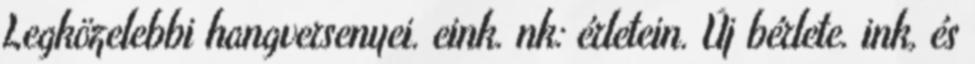
Legközelebbi hangversenyei. eink. nk: érletein. Új bérlete. ink, és